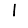
Digit: 1